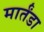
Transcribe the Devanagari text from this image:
मार्तंडा